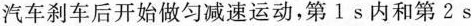
汽车刹车后开始做匀减速运动，第1s内和第2s